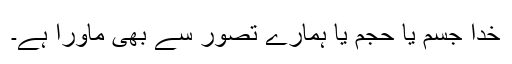
خدا جسم یا حجم یا ہمارے تصور سے بھی ماورا ہے۔